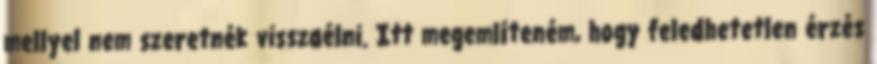
mellyel nem szeretnék visszaélni. Itt megemlíteném, hogy feledhetetlen érzés